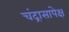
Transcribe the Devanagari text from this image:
चंद्रासापेक्ष